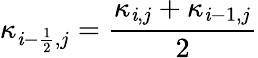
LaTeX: \kappa_{\mathit{i}-\frac{{1}}{{2}},j}=\frac{{\kappa_{\mathit{i},j}+\kappa_{\mathit{i}-1,j}}}{{2}}